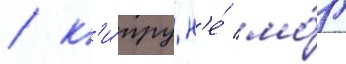
/ к'и́пру н'е́ мо́г